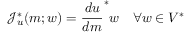
\mathcal { J } _ { u } ^ { * } ( m ; w ) = \frac { d u } { d m } ^ { * } w \quad \forall w \in V ^ { * }